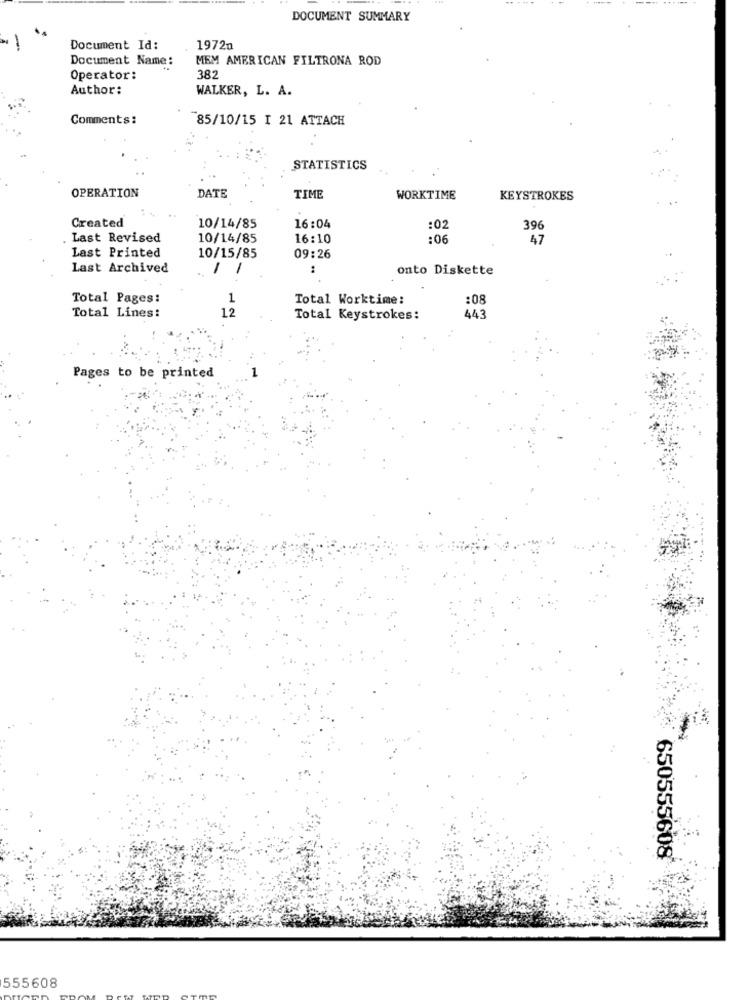
DOCUMENT SUMMARY
-
Document Id:
1972n
Document Name:
MEM AMERICAN FILTRONA ROD
Operator:
382
Author:
WALKER, L. A.
Comments:
785/10/15 I 21 ATTACH
STATISTICS
OPERATION
DATE
TIME
WORKTIME
KEYSTROKES
Created
10/14/85
16:04
:02
396
. Last Revised
10/14/85
16:10
:06
47
Last Printed
10/15/85
09:26
Last Archived
1
1
:
onto Diskette
Total Pages:
1
Total Worktime:
:08
Total Lines:
12
Total Keystrokes:
443
Pages to be printed
650555608
555608